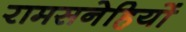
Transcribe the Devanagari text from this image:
रामसनेहियों